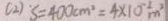
( 2 ) S = 4 0 0 c m ^ { 2 } = 4 \times 1 0 ^ { - 2 } m ^ { 2 }